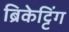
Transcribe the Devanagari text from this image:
ब्रिकेट्टिंग